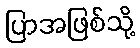
ပြာအဖြစ်သို့